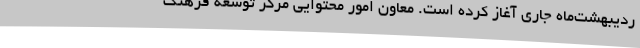
ردیبهشت‌ماه جاری آغاز کرده است. معاون امور محتوایی مرکز توسعه فرهنگ